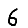
Digit: 6